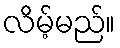
လိမ့်မည်။